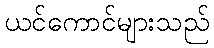
ယင်ကောင်များသည်